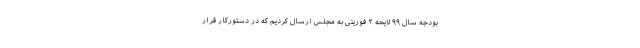
بودجه سال ۹۹ لایحه ۲ فوریتی به مجلس ارسال کردیم که در دستورکار قرار